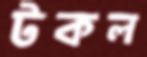
টকল